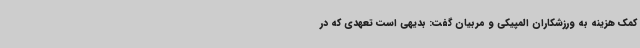
کمک هزینه به ورزشکاران المپیکی و مربیان گفت: بدیهی است تعهدی که در